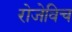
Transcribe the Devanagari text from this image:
रोजेविच